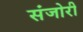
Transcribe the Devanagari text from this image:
संजोरी